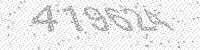
Solution: 419624